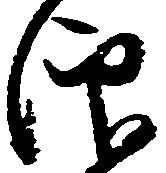
仰